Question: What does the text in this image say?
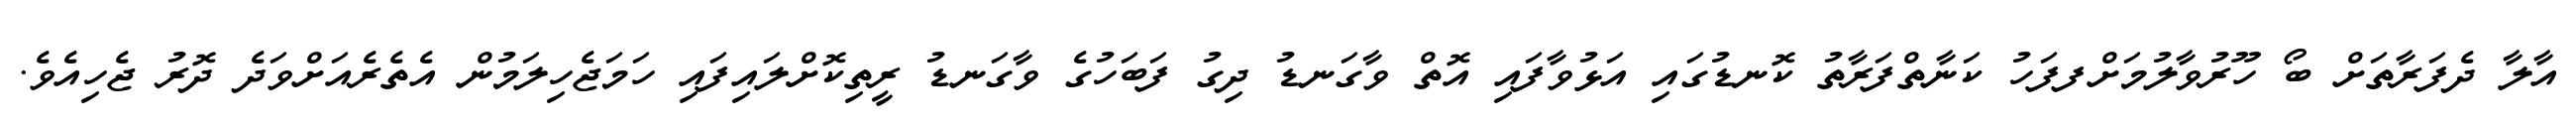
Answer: އާލާ ދެފަރާތަށް ބޯ ހޫރުވާލުމަށްފފަހު ކަނާތްފަރާތު ކޮނޑުގައި އަޅުވާފައި އޮތް ވާގަނޑު ދިގު ފަބަހުގެ ވާގަނޑު ރީތިކޮށްލައިފައި ހަމަޖެހިލަމުން އެތެރެއަށްވަދެ ދޮރު ޖެހިއެވެ.